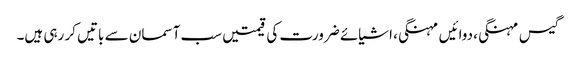
گیس مہنگی، دوائیں مہنگی، اشیائے ضرورت کی قیمتیں سب آسمان سے باتیں کر رہی ہیں۔